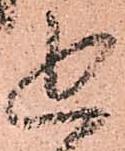
追